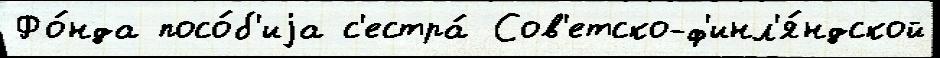
Фо́нда посо́б'иjа с'естра́ Сов'етско-ф'инл'я́ндской